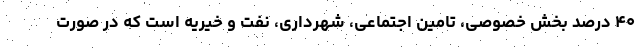
۴۰ درصد بخش خصوصی، تامین اجتماعی، شهرداری، نفت و خیریه است که در صورت